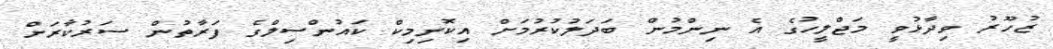
ޒުހޫރު ވިދާޅުވީ މަޖްލީހުގެ އެ ނިންމުން ބަދަލުކުރުމަށް އިކޮނިމިކް ކައުންސިލްގެ ފަރާތުން ސަރުކާރަށް